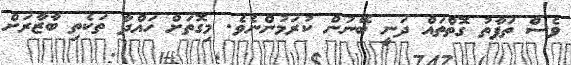
ވެސް ތަފާތު ގޮތްތައް ދަނީ ބޭނުން ކުރަމުންނެވެ. މިގޮތަށް ހައްދާ ތަކެތި ބާޒާރަށް